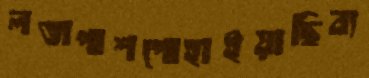
লতাপাশপোহাইয়াছিব্য